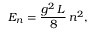
E _ { n } = { \frac { g ^ { 2 } \, L } { 8 } } \, n ^ { 2 } ,